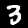
Digit: 3